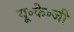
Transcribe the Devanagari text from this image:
यू॰के॰जी